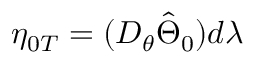
\eta _ { 0 T } = ( D _ { \theta } \hat { \Theta } _ { 0 } ) d \lambda